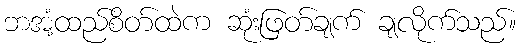
ဘအံ့ထည်စိတ်ထဲက ဆုံးဖြတ်ချက် ချလိုက်သည်။